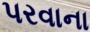
પરવાના